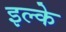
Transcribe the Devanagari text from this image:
इल्‍के